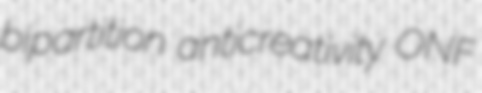
bipartition anticreativity ONF